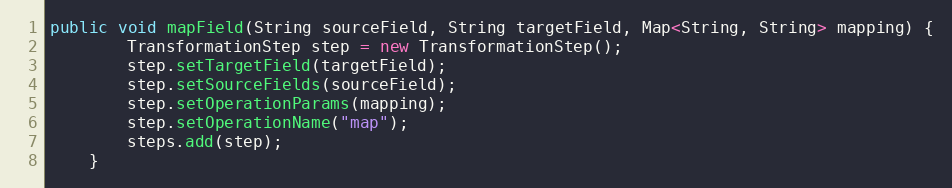
Language: Java
public void mapField(String sourceField, String targetField, Map<String, String> mapping) {
        TransformationStep step = new TransformationStep();
        step.setTargetField(targetField);
        step.setSourceFields(sourceField);
        step.setOperationParams(mapping);
        step.setOperationName("map");
        steps.add(step);
    }